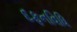
દફનવિધિ